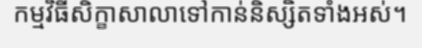
កម្មវិធីសិក្ខាសាលាទៅកាន់និស្សិតទាំងអស់។